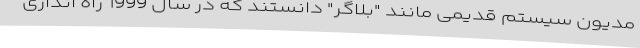
مدیون سیستم قدیمی مانند "بلاگر" دانستند که در سال 1999 راه اندازی